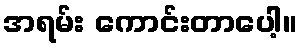
အရမ်း ကောင်းတာပေါ့။